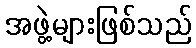
အဖွဲ့များဖြစ်သည်